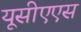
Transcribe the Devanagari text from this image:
यूसीएएस